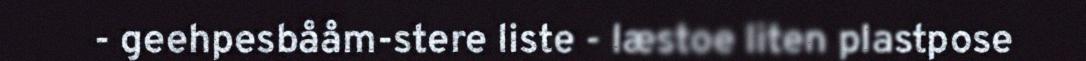
- geehpesbååm-stere liste - læstoe liten plastpose